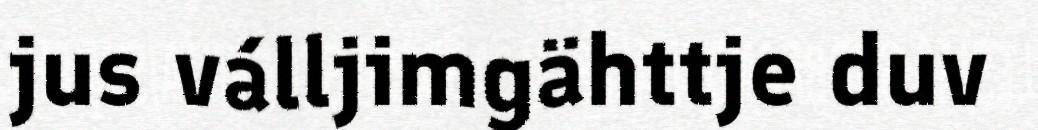
jus válljimgähttje duv